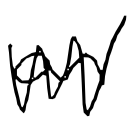
Text: an
Cross-out: zig-zag
Writing tool: digital_black